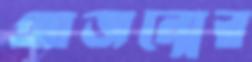
আজন্মের